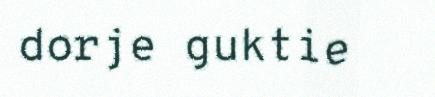
dorje guktie